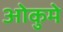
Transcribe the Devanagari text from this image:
ओकुमे